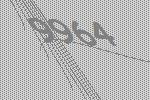
9964